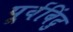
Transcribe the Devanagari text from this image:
पूर्वबिंदु